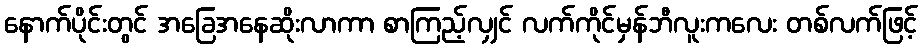
နောက်ပိုင်းတွင် အခြေအနေဆိုးလာကာ စာကြည့်လျှင် လက်ကိုင်မှန်ဘီလူးကလေး တစ်လက်ဖြင့်